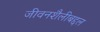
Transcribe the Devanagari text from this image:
जीवनशैलीबद्दल